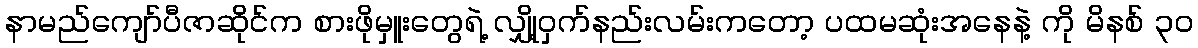
နာမည်ကျော်ပီဇာဆိုင်က စားဖိုမှူးတွေရဲ့ လျှို့ဝှက်နည်းလမ်းကတော့ ပထမဆုံးအနေနဲ့ ကို မိနစ် ၃၀